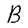
Character: B